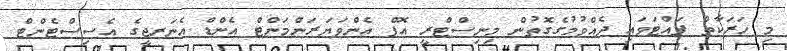
މި ހަރަކާތް ފައްޓަވައި ދެއްވުމުގެގޮތުން މިނިސްޓްރީ އޮފް އެންވަޔަރަންމަންޓް އެންޑް އެނަރޖީގެ އެސިސްޓެންޓް